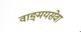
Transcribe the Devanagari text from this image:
वाङ्‌मयसेवा